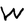
Character: W